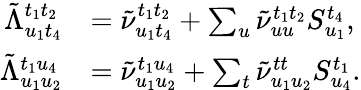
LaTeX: \begin{array}{rl}{\tilde{\Lambda}_{u_{1}t_{4}}^{t_{1}t_{2}}}&{=\tilde{\nu}_{u_{1}t_{4}}^{t_{1}t_{2}}+\sum_{u}\tilde{\nu}_{uu}^{t_{1}t_{2}}S_{u_{1}}^{t_{4}},}\\ {\tilde{\Lambda}_{u_{1}u_{2}}^{t_{1}u_{4}}}&{=\tilde{\nu}_{u_{1}u_{2}}^{t_{1}u_{4}}+\sum_{t}\tilde{\nu}_{u_{1}u_{2}}^{tt}S_{u_{4}}^{t_{1}}.}\end{array}